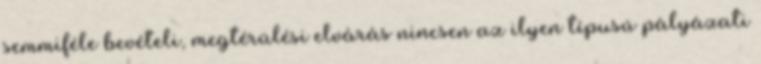
semmiféle bevételi, megtérülési elvárás nincsen az ilyen típusú pályázati